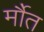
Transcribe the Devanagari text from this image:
र्मौत